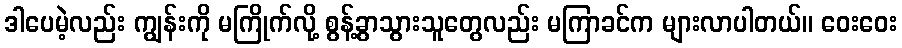
ဒါပေမဲ့လည်း ကျွန်းကို မကြိုက်လို့ စွန့်ခွာသွားသူတွေလည်း မကြာခင်က များလာပါတယ်။ ဝေးဝေး